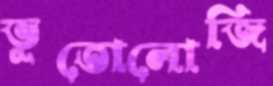
ভূতোলোজি